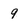
Character: 9